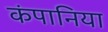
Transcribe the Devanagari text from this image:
कंपानिया